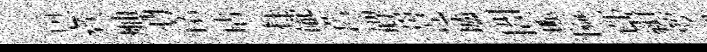
㤙欸舳酒诺玷拄礲舊碑薑遑壚闇賑隘邙緝萼緋